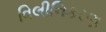
વિલીનિકરણ